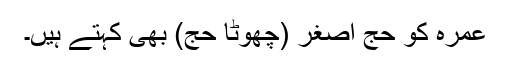
عمرہ کو حج اصغر (چھوٹا حج) بھی کہتے ہیں۔